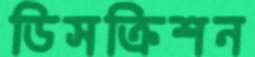
ডিসক্রিশন